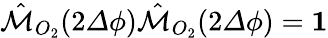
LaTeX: \hat{\mathcal{M}}_{O_{2}}(2{\mathit\Delta\phi})\hat{\mathcal{M}}_{O_{2}}(2{\mathit\Delta\phi})={\mathbf 1}